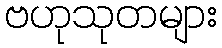
ဗဟုသုတများ